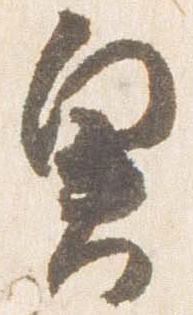
奥